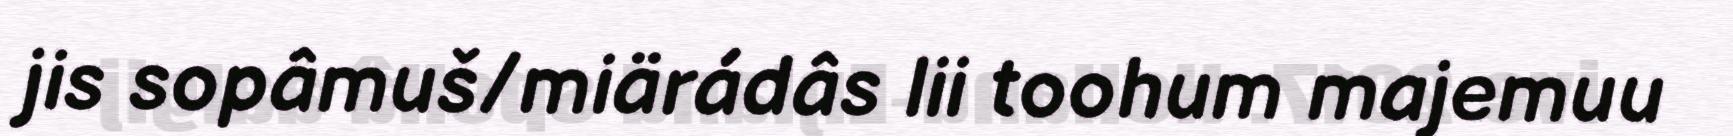
jis sopâmuš/miärádâs lii toohum majemuu